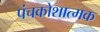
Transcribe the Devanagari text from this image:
पंचकोशात्मक